Senior Leaving Certificate Examination (including Day School Certificate (Higher) General paper), 1946
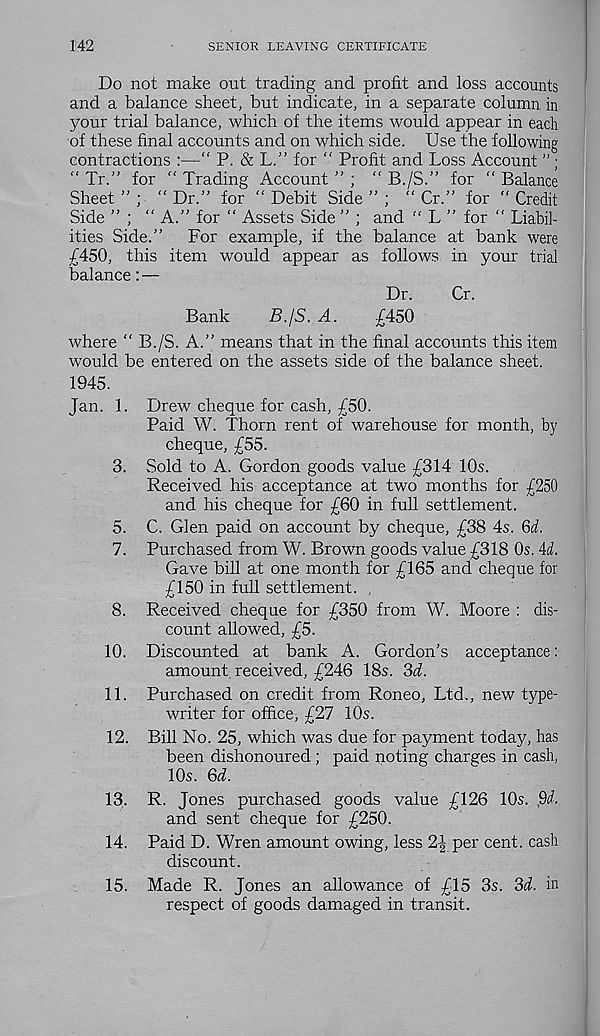
142
SENIOR LEAVING CERTIFICATE
Do not make out trading and profit and loss accounts
and a balance sheet, but indicate, in a separate column in
your trial balance, which of the items would appear in each
of these final accounts and on which side. Use the following
contractions :—“ P. & L.” for “ Profit and Loss Account ” ;
“ Tr.” for “ Trading Account ” ; “ B./S.” for “ Balance
Sheet ” ; “ Dr.” for “ Debit Side ” ; ” Cr.” for “ Credit
Side ” ; ” A.” for “ Assets Side ” ; and “ L ” for " Liabil-
ities Side.”
For example, if the balance at bank were
£450, this item would appear as follows in your trial
balance: —
Dr.
Cr.
Bank
B./S. A.
£450
where " B./S. A.” means that in the final accounts this item
would be entered on the assets side of the balance sheet.
1945.
Jan. 1. Drew cheque for cash, £50.
Paid W. Thorn rent of warehouse for month, by
cheque, £55.
3. Sold to A. Gordon goods value £314 10s.
Received his acceptance at two months for £250
and his cheque for £60 in full settlement.
5. C. Glen paid on account by cheque, £38 4s. 6d.
7. Purchased from W. Brown goods value £318 0s. 4d.
Gave bill at one month for £165 and cheque for
£150 in full settlement. ,
8. Received cheque for £350 from W. Moore : dis-
count allowed, £5.
10. Discounted at bank A. Gordon’s acceptance:
amount, received, £246 18s. 3d.
11. Purchased on credit from Roneo, Ltd., new type-
writer for office, £27 10s.
12. Bill No. 25, which was due for payment today, has
been dishonoured; paid noting charges in cash,
10s. 6d.
13. R. Jones purchased goods value £126 10s. 9d.
and sent cheque for £250.
14. Paid D. Wren amount owing, less 2J per cent, cash
discount.
15. Made R. Jones an allowance of £15 3s. 3d. in
respect of goods damaged in transit.